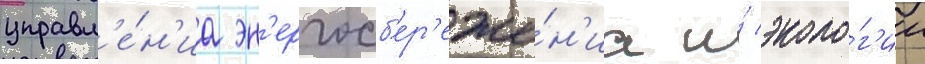
управл'е́н'иа эн'ергосб'ер'еже́н'иа и́ эколо́г'ии